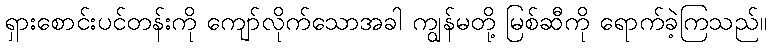
ရှားစောင်းပင်တန်းကို ကျော်လိုက်သောအခါ ကျွန်မတို့ မြစ်ဆီကို ရောက်ခဲ့ကြသည်။